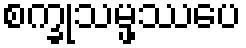
စက္ခုသမ္ဖဿပေ